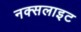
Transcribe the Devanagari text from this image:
नक्सलाइट